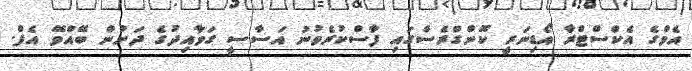
އެމްގެ އެކްސްޓްރާ އޯޑިނަރީ ކޮންގްރެސްގައި ފާސްކުރެވުނު އަސާސީ ގަވާއިދުގެ ދަށުން ބޭއްވޭ އެފް.